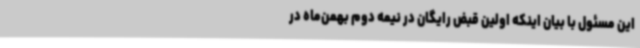
این مسئول با بیان اینکه اولین قبض رایگان در نیمه دوم بهمن‌ماه در